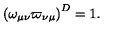
\left( \omega _ { \mu \nu } \varpi _ { \nu \mu } \right) ^ { D } = 1 .